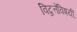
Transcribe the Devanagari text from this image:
विद्वत्तेविषयीं